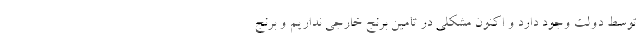
توسط دولت وجود دارد و اکنون مشکلی در تامین برنج خارجی نداریم و برنج